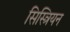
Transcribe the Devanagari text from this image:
सिस्त्रियन